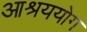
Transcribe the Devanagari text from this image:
आश्रययोग